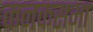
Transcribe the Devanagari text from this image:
कनकसभा